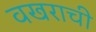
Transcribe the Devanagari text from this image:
वखराची